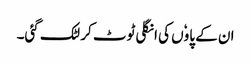
ان کے پاوٗں کی انگلی ٹوٹ کر لٹک گئی۔